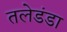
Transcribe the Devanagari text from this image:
तलेडंडा